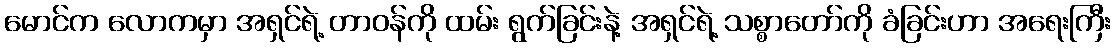
မောင်က လောကမှာ အရှင်ရဲ့ တာဝန်ကို ထမ်း ရွက်ခြင်းနဲ့ အရှင်ရဲ့ သစ္စာတော်ကို ခံခြင်းဟာ အရေးကြီး